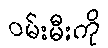
ဝမ်းမီးကို